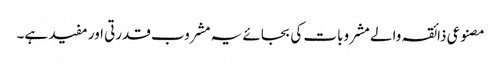
مصنوعی ذائقہ والے مشروبات کی بجائے یہ مشروب قدرتی اور مفید ہے۔